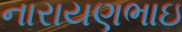
નારાયણભાઇ